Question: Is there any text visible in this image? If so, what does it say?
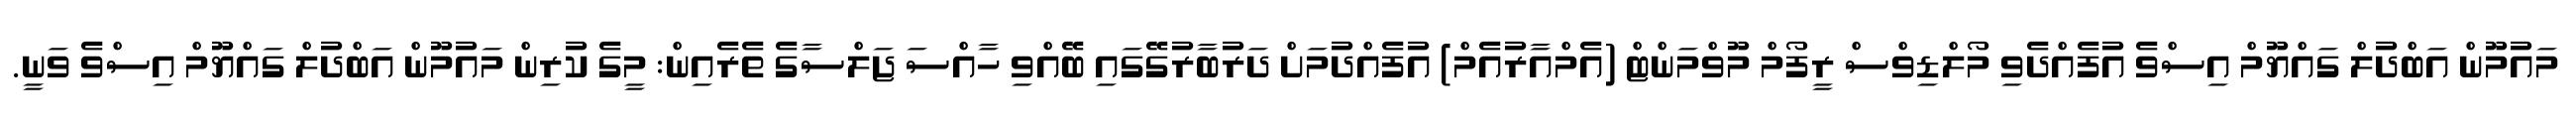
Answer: މައުމޫން އަބްދުލް ގައްޔޫމް އިސްވެ އުފެއްދެވި މޯލްޑިވްސް ރީފޯމް މޫވްމަންޓް (އެމްއާރުއެމް) އުފެއްދުމަށް ދަރުބާރުގޭގައި ބޭއްވި ހާއްސަ ޖަލްސާގެ ތެރެއިން: މީގެ ކުރިން މައުމޫން އަބްދުލް ގައްޔޫމް އިސްވެ ވަނީ.